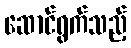
ဆောင်ရွက်သည့်